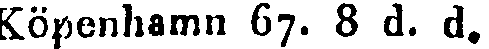
Köpenhamn 67. 8 d. d.